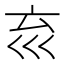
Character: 𡿮